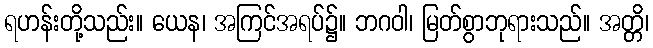
ရဟန်းတို့သည်း။ ယေန၊ အကြင်အရပ်၌။ ဘဂဝါ၊ မြတ်စွာဘုရားသည်။ အတ္တိ၊